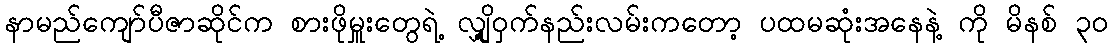
နာမည်ကျော်ပီဇာဆိုင်က စားဖိုမှူးတွေရဲ့ လျှို့ဝှက်နည်းလမ်းကတော့ ပထမဆုံးအနေနဲ့ ကို မိနစ် ၃၀